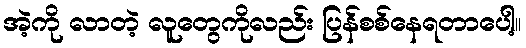
အဲ့ကို လာတဲ့ လူတွေကိုလည်း ပြန်စစ်နေရတာပေါ့။